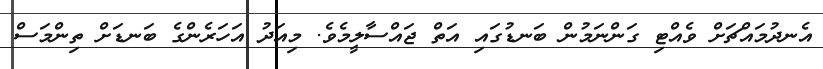
އެނދުމައްޗަށް ވެއްޓި ގަންނަމުން ބަނޑުގައި އަތް ޖައްސާލީމެވެ. މިއަދު އަހަރެންގެ ބަނޑަށް ތިންމަސް